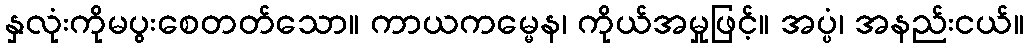
နှလုံးကိုမပွးစေတတ်သော။ ကာယကမ္မေန၊ ကိုယ်အမှုဖြင့်။ အပ္ပံ၊ အနည်းငယ်။